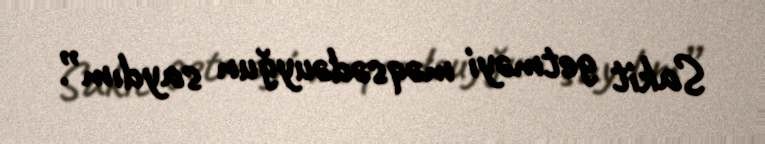
Sakit getməyi məqsədəuyğun saydım”.